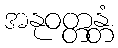
အနုဝတ္တန္တံ